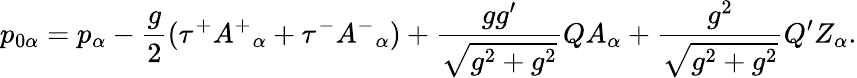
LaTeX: p_{0\alpha}=p_{\alpha}-\frac{g}{2}(\tau^{+}A^{+}{}_{\alpha}+\tau^{-}A^{-}{}_{\alpha})+\frac{gg^{\prime}}{\sqrt{g^{2}+g^{2}}}QA_{\alpha}+\frac{g^{2}}{\sqrt{g^{2}+g^{2}}}Q^{\prime}Z_{\alpha}.